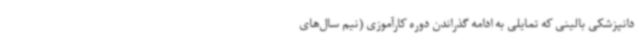
دانپزشکی بالینی که تمایلی به ادامه گذراندن دوره کارآموزی (نیم سال‌های